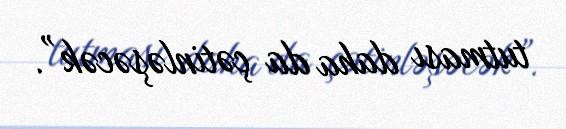
tutması daha da çətinləşəcək”.